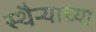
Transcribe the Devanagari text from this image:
स्थैऱ्याच्या